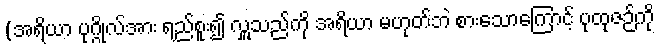
(အရိယာ ပုဂ္ဂိုလ်အား ရည်စူး၍ လှူသည်ကို အရိယာ မဟုတ်ဘဲ စားသောကြောင့် ပုထုဇဉ်ကို